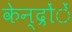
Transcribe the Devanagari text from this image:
केन्द्रोंें